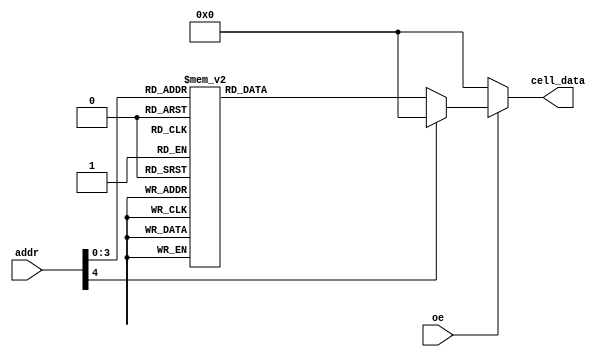
`timescale 1ns / 1ps

module rom_mem #(
    parameter CELL00 = 16'b0000_0000_0000_0000,
    parameter CELL01 = 16'b0000_0000_0000_0000,
    parameter CELL02 = 16'b0000_0000_0000_0000,
    parameter CELL03 = 16'b0000_0000_0000_0000,

    parameter CELL04 = 16'b0000_0000_0000_0000,
    parameter CELL05 = 16'b0000_0000_0000_0000,
    parameter CELL06 = 16'b0000_0000_0000_0000,
    parameter CELL07 = 16'b0000_0000_0000_0000,
    
    parameter CELL08 = 16'b0000_0000_0000_0000,
    parameter CELL09 = 16'b0000_0000_0000_0000,
    parameter CELL10 = 16'b0000_0000_0000_0000,
    parameter CELL11 = 16'b0000_0000_0000_0000,

    parameter CELL12 = 16'b0000_0000_0000_0000,
    parameter CELL13 = 16'b0000_0000_0000_0000,
    parameter CELL14 = 16'b0000_0000_0000_0000,
    parameter CELL15 = 16'b0000_0000_0000_0000
) (
    input               oe,
    input      [4:0]    addr,
    
    output reg [15:0]   cell_data
);

    always @ (*) begin
        if(oe) begin
            case(addr)
                5'd0:   cell_data <= CELL00;
                5'd1:   cell_data <= CELL01;
                5'd2:   cell_data <= CELL02;
                5'd3:   cell_data <= CELL03;

                5'd4:   cell_data <= CELL04;
                5'd5:   cell_data <= CELL05;
                5'd6:   cell_data <= CELL06;
                5'd7:   cell_data <= CELL07;

                5'd8:   cell_data <= CELL08;
                5'd9:   cell_data <= CELL09;
                5'd10:  cell_data <= CELL10;
                5'd11:  cell_data <= CELL11;

                5'd12:  cell_data <= CELL12;
                5'd13:  cell_data <= CELL13;
                5'd14:  cell_data <= CELL14;
                5'd15:  cell_data <= CELL15;

                default:cell_data <= 16'd0;
            endcase
        end
        else
            cell_data <= 16'd0;
    end

endmodule